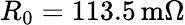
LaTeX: R_{0}=113.5\, \mathrm{m}\Omega